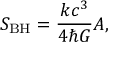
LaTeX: S _ { \mathrm { B H } } = { \frac { k c ^ { 3 } } { 4 \hbar G } } A ,